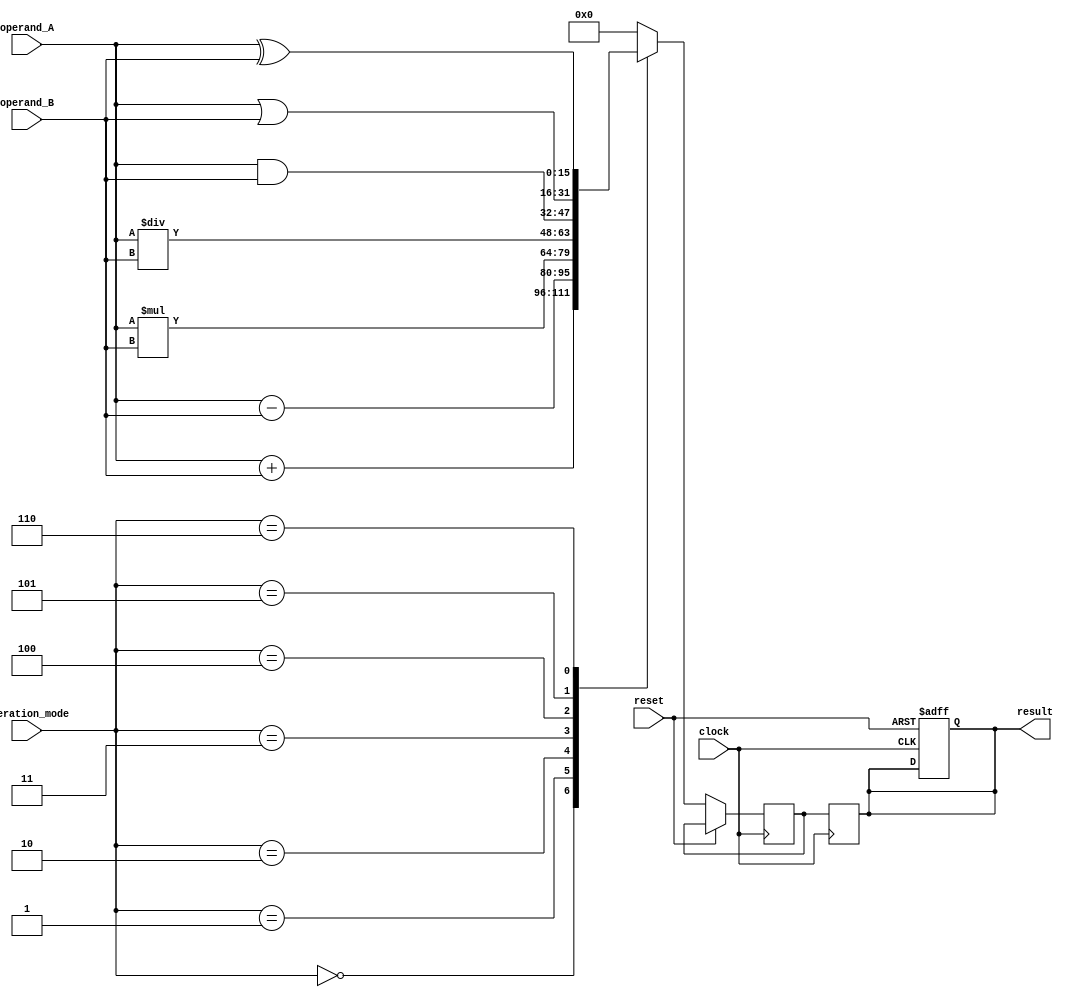
module ALU_16bit (
    input [15:0] operand_A,
    input [15:0] operand_B,
    input [2:0] operation_mode,
    input clock,
    input reset,
    output reg [15:0] result
);

reg [15:0] temp_result;

always @(posedge clock or posedge reset) begin
    if (reset) begin
        result <= 16'b0;
    end else begin
        case(operation_mode)
            3'b000: temp_result <= operand_A + operand_B; // Addition
            3'b001: temp_result <= operand_A - operand_B; // Subtraction
            3'b010: temp_result <= operand_A * operand_B; // Multiplication
            3'b011: temp_result <= operand_A / operand_B; // Division
            3'b100: temp_result <= operand_A & operand_B; // AND
            3'b101: temp_result <= operand_A | operand_B; // OR
            3'b110: temp_result <= operand_A ^ operand_B; // XOR
            default: temp_result <= 16'b0;
        endcase
    end
end

always @(posedge clock) begin
    result <= temp_result;
end

endmodule